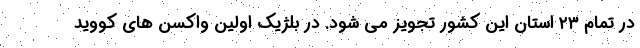
در تمام ۲۳ استان این کشور تجویز می شود. در بلژیک اولین واکسن های کووید